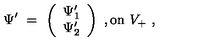
{ \Psi } ^ { \prime } \ = \ \left( \begin{array} { c } { { \Psi } _ { 1 } ^ { \prime } } \\ { { \Psi } _ { 2 } ^ { \prime } } \\ \end{array} \right) \ , \mathrm { o n } \ V _ { + } \ , \